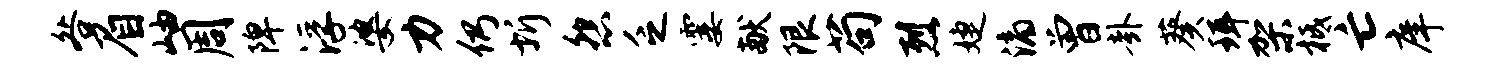
咎眉岫周陴浮婆力仍圻怨乏霎献限苟烈婕滴曾卦葵珥架柢亡庠